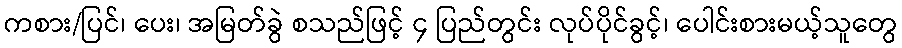
ကစား/ပြင်၊ ပေး၊ အမြတ်ခွဲ စသည်ဖြင့် ၄ ပြည်တွင်း လုပ်ပိုင်ခွင့်၊ ပေါင်းစားမယ့်သူတွေ